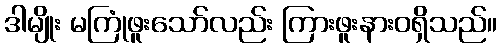
ဒါမျိုး မကြုံဖူးသော်လည်း ကြားဖူးနားဝရှိသည်။